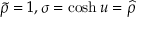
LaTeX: \widetilde { \rho } = 1 , \sigma = \cosh u = \widehat { \rho }